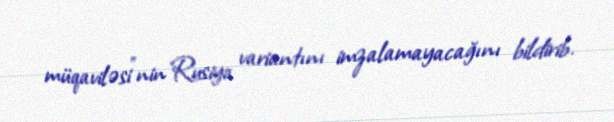
müqaviləsi”nin Rusiya variantını imzalamayacağını bildirib.